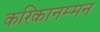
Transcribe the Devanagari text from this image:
करिकानम्मन